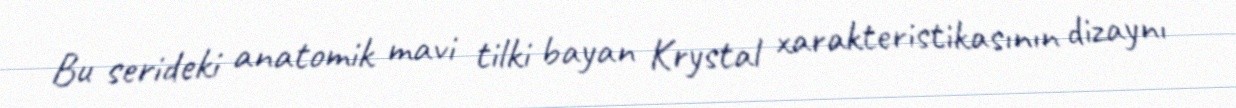
Bu serideki anatomik mavi tilki bayan Krystal xarakteristikasının dizaynı